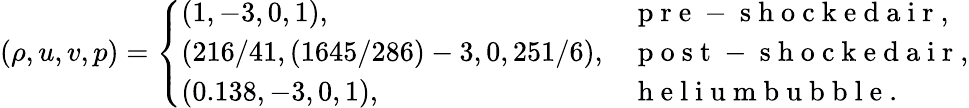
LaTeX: (\rho,u,v,p)=\left\{ \begin{array}{ll}{(1,-3,0,1),}&{\mathrm{~p~r~e~-~s~h~o~c~k~e~d~a~i~r~},}\\ {(216/41,(1645/286)-3,0,251/6),}&{\mathrm{~p~o~s~t~-~s~h~o~c~k~e~d~a~i~r~},}\\ {(0.138,-3,0,1),}&{\mathrm{~h~e~l~i~u~m~b~u~b~b~l~e~}.}\end{array}\right.